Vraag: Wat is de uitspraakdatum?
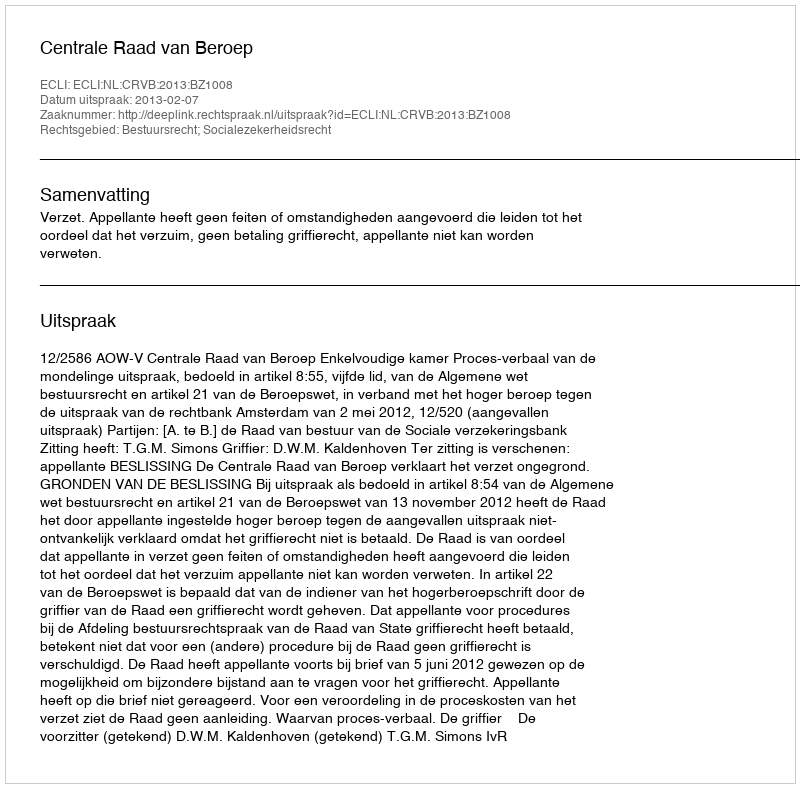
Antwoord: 2013-02-07